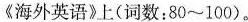
《海外英语》上(词数：80~100)。